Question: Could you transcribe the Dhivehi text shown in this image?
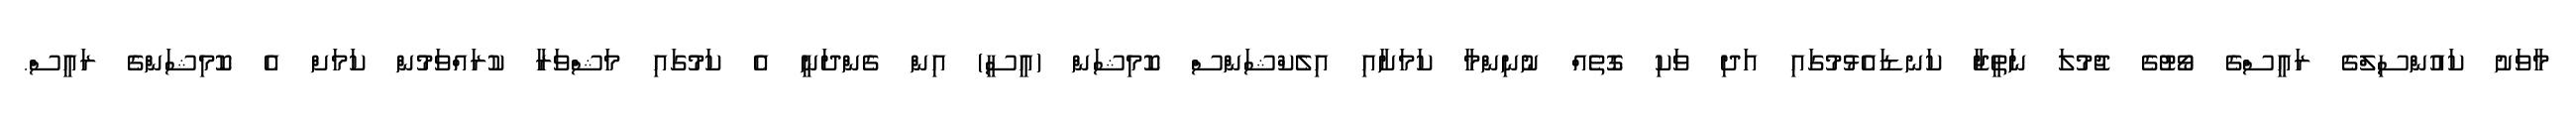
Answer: މާވަށު ކައުންސިލްގެ ރައީސްގެ ވޯޓުގެ ޖުމުލަ ނަތީޖާ ކަނޑައެޅުމުގައި އަދި ވަކި ގޮތެއް ނުނިންމާ ކަމަށާއި އިލެކްޝަންސް ކޮމިޝަން (އީސީ) އިން ގެންދަނީ އެ ކަމުގައި މަޝްވަރާ ކުރައްވަމުން ކަމަށް އެ ކޮމިޝަންގެ ރައީސް.